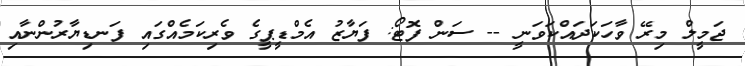
ޖަމީލް މިރޭ ވާހަކަދައްކަވަނީ -- ސަން ފޮޓޯ: ފަޔާޒު އެމްޑީޕީގެ ވެރިކަމެއްގައި ފަނޑިޔާރުންނާއި